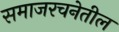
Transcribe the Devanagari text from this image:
समाजरचनेतील